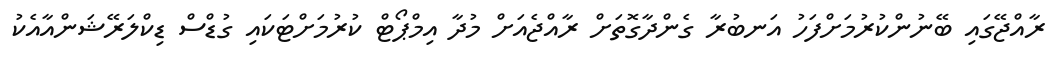
ރާއްޖޭގައި ބޭނުންކުރުމަށްފަހު އަނބުރާ ގެންދާގޮތަށް ރާއްޖެއަށް މުދާ އިމްޕޯޓް ކުރުމަށްޓަކައި ގުޑްސް ޑިކްލަރޭޝަންއާއެކު